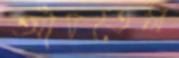
আঁচতেম